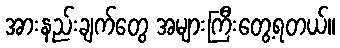
အားနည်းချက်တွေ အများကြီးတွေ့ရတယ်။